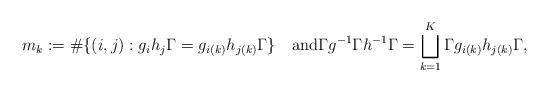
LaTeX: \begin{align*} m_{k}:=\#\{(i,j): g_{i}h_{j}\Gamma=g_{i(k)}h_{j(k)}\Gamma\}\quad\textnormal{and}\Gamma g^{-1} \Gamma h^{-1}\Gamma=\bigsqcup_{k=1}^{K}\Gamma g_{i(k)}h_{j(k)}\Gamma,\end{align*}